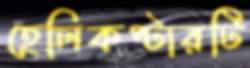
হেলিকপ্টারটি